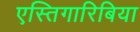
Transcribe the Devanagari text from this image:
एस्तिगारिबिया